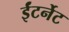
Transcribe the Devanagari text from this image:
ईंटर्नेट